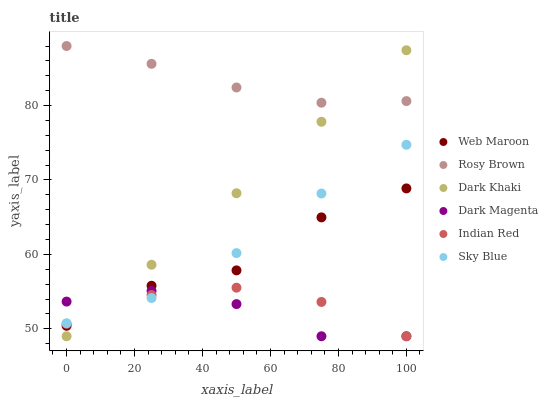
| xaxis_label | Web Maroon | Rosy Brown | Dark Khaki | Dark Magenta | Indian Red | Sky Blue |
 | --- | --- | --- | --- | --- | --- | --- |
 | 0 | 50.4 | 88 | 49 | 53.7 | 50.7 | 50.8 |
 | 25 | 55.8 | 85.6 | 58.6 | 55.1 | 54.5 | 54.1 |
 | 50 | 57.9 | 82.4 | 68.2 | 53.3 | 55.5 | 60.2 |
 | 75 | 65 | 80.4 | 77.8 | 49 | 53.6 | 68.2 |
 | 100 | 68.9 | 80.6 | 87.4 | 49 | 49 | 74.7 |